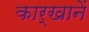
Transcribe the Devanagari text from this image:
कार्खानें